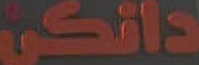
دانكي